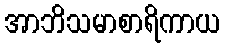
အာဘိသမာစာရိကာယ